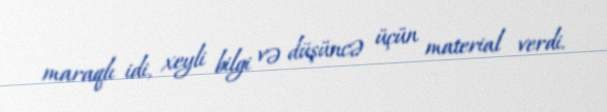
maraqlı idi, xeyli bilgi və düşüncə üçün material verdi.